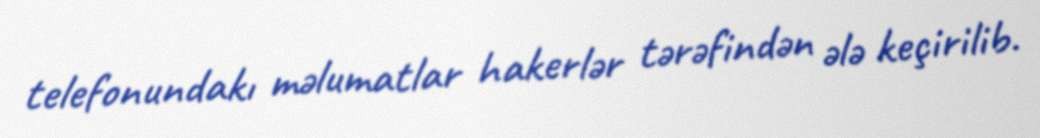
telefonundakı məlumatlar hakerlər tərəfindən ələ keçirilib.